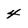
Character: 4